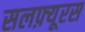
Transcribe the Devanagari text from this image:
सलफ़्यूरस